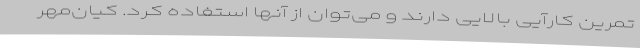
تمرین کارآیی بالایی دارند و می‌توان از آنها استفاده کرد. کیان‌مهر